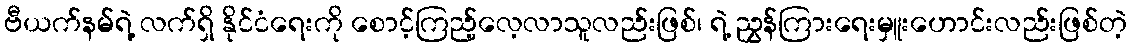
ဗီယက်နမ်ရဲ့ လက်ရှိ နိုင်ငံရေးကို စောင့်ကြည့်လေ့လာသူလည်းဖြစ်၊ ရဲ့ ညွှန်ကြားရေးမှူးဟောင်းလည်းဖြစ်တဲ့